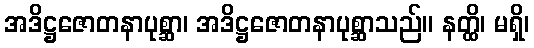
အဒိဋ္ဌဇောတနာပုစ္ဆာ၊ အဒိဋ္ဌဇောတနာပုစ္ဆာသည်။ နတ္ထိ၊ မရှိ၊